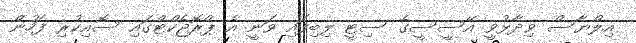
އިލްޔާސް ވިދާޅުވީ އޭސީސީގެ ސިޓީ ލިބިފައި ވަނީ އެ ޕްރޮޖެކްޓްގައި ސޮއިކުރި ފަހުން